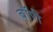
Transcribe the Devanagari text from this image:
बॉपी